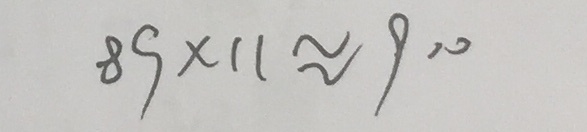
8 9 \times 1 1 \approx 9 0 0